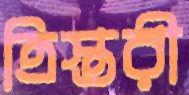
ত্রিস্তরী